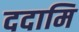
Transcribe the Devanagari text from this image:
ददामि